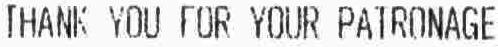
THANK YOU FOR YOUR PATRONAGE